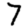
Digit: 7